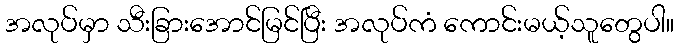
အလုပ်မှာ သီးခြားအောင်မြင်ပြီး အလုပ်ကံ ကောင်းမယ့်သူတွေပါ။